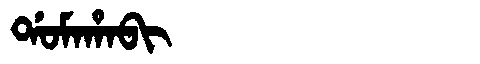
Manchu: ᡩᠣᠮᠠᡥᠠᠪᡳ
Romanization: DOMAHABI